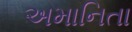
અમાનિતા